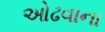
ઓઢવાના